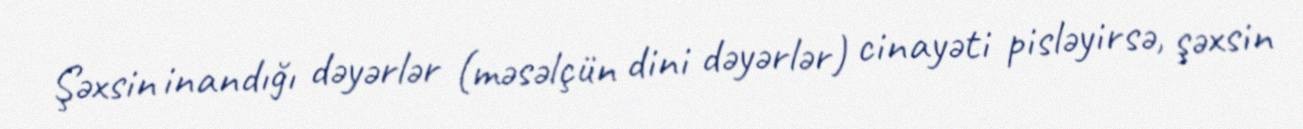
Şəxsin inandığı dəyərlər (məsəlçün dini dəyərlər) cinayəti pisləyirsə, şəxsin